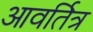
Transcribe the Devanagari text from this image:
आवर्तित्र